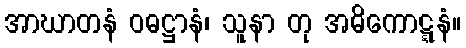
အာဃာတနံ ဝဓဋ္ဌာနံ၊ သူနာ တု အဓိကောဋ္ဋနံ။